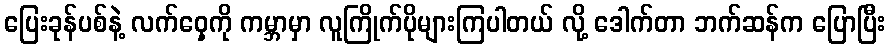
ပြေးခုန်ပစ်နဲ့ လက်ဝှေ့ကို ကမ္ဘာမှာ လူကြိုက်ပိုများကြပါတယ် လို့ ဒေါက်တာ ဘက်ဆန်က ပြောပြီး